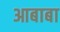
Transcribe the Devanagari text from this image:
आबाबा